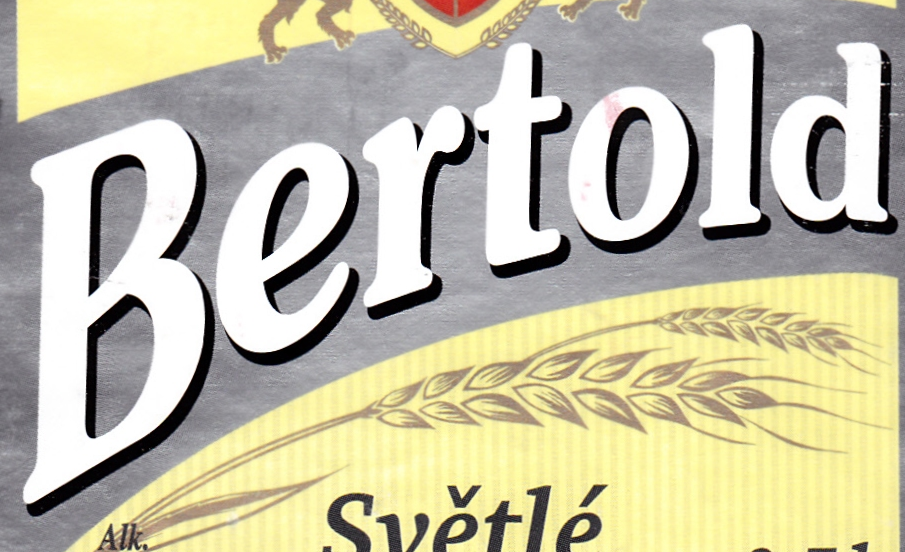
Bertold